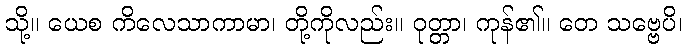
သို့။ ယေစ ကိလေသာကာမာ၊ တို့ကိုလည်း။ ဝုတ္တာ၊ ကုန်၏။ တေ သဗ္ဗေပိ၊